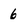
Character: 6